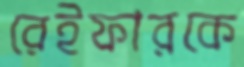
রেইফারকে